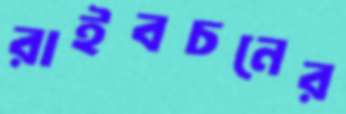
রাইবচনের